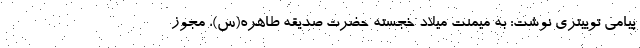
پیامی توییتری نوشت: به میمنت میلاد خجسته حضرت صدیقه طاهره(س)، مجوز